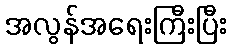
အလွန်အရေးကြီးပြီး